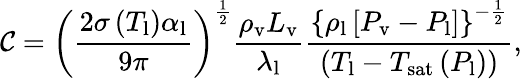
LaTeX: \mathcal{C}=\left(\frac{{2\sigma\left(T_{\mathrm{{l}}}\right)\alpha_{\mathrm{{l}}}}}{{9\pi}}\right)^{\frac{{1}}{{2}}}\frac{{\rho_{\mathrm{{v}}}L_{\mathrm{{v}}}}}{{\lambda_{\mathrm{{l}}}}}\frac{{\left\{ \rho_{\mathrm{{l}}}\left[P_{\mathrm{{v}}}-P_{\mathrm{{l}}}\right]\right\} ^{-\frac{{1}}{{2}}}}}{{\left(T_{\mathrm{{l}}}-T_{\mathrm{{sat}}}\left(P_{\mathrm{{l}}}\right)\right)}},\,